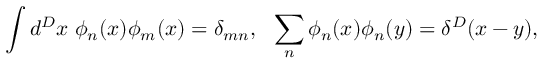
\int d ^ { D } x \; \phi _ { n } ( x ) \phi _ { m } ( x ) = \delta _ { m n } , \: \: \: \sum _ { n } \phi _ { n } ( x ) \phi _ { n } ( y ) = \delta ^ { D } ( x - y ) ,